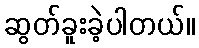
ဆွတ်ခူးခဲ့ပါတယ်။